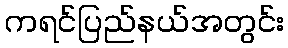
ကရင်ပြည်နယ်အတွင်း